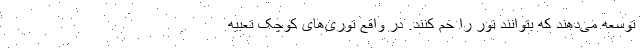
توسعه می‌دهند که بتوانند نور را خم کنند. در واقع توری‌های کوچک تعبیه